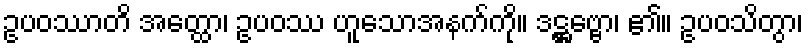
ဥပဝဿာတိ အတ္ထော၊ ဥပဝဿ ဟူသောအနက်ကို။ ဒဋ္ဌဗ္ဗော၊ ၏။ ဥပဝသိတွာ၊